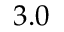
3 . 0